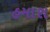
હમારા